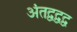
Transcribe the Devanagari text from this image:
अंतद्वद्वद्व